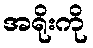
အရိုးကို